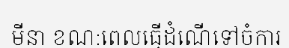
មីនា ខណ:ពេលធ្វើដំណើទៅចំការ